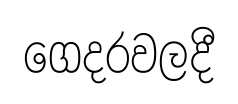
ගෙදරවලදී